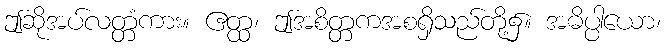
ဤဆိုအပ်လတ္တံကား။ ဧတ္ထ၊ ဤအစိတ္တကအစရှိသည်တို့၌။ အဓိပ္ပါယော၊